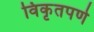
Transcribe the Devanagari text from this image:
विकृतपणे